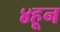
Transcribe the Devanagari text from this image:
४हून